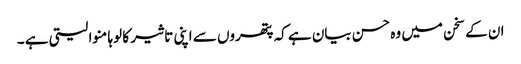
ان کے سخن میں وہ حسن بیان ہے کہ پتھروں سے اپنی تاثیر کا لوہا منوا لیتی ہے ۔